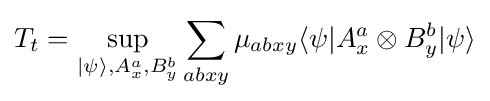
T_{t}=\sup _{|\psi \rangle ,A_{x}^{a},B_{y}^{b}}\sum _{abxy}\mu _{abxy}\langle \psi |A_{x}^{a}\otimes B_{y}^{b}|\psi \rangle